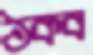
ঠকব